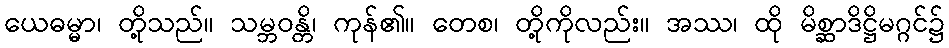
ယေဓမ္မာ၊ တို့သည်။ သမ္ဘဝန္တိ၊ ကုန်၏။ တေစ၊ တို့ကိုလည်း။ အဿ၊ ထို မိစ္ဆာဒိဋ္ဌိမဂ္ဂင်၌